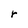
Character: r